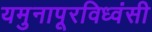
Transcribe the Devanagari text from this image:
यमुनापूरविध्वंसी